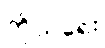
ကိုယ်ရေး